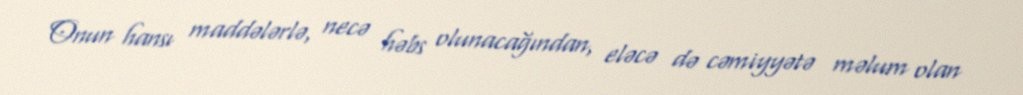
Onun hansı maddələrlə, necə həbs olunacağından, eləcə də cəmiyyətə məlum olan